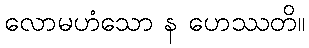
လောမဟံသော န ဟေဿတိ။